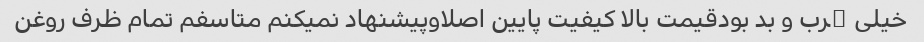
خیلی ڇرب و بد بودقیمت بالا کیفیت پایین اصلاوپیشنهاد نمیکنم متاسفم تمام ظرف روغن